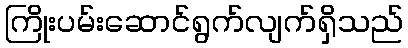
ကြိုးပမ်းဆောင်ရွက်လျက်ရှိသည်